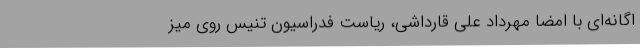
اگانه‌ای با امضا مهرداد علی قارداشی، ریاست فدراسیون تنیس روی میز